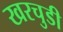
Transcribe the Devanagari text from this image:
खरचुडी